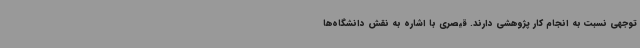
توجهی نسبت به انجام کار پژوهشی دارند. قیصری با اشاره به نقش دانشگاه‌ها